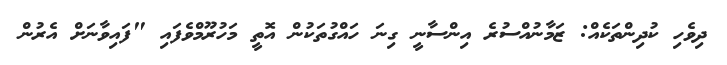
ދިވެހި ކުދިންތަކެއް: ޒަމާނުއްސުރެ އިންސާނީ ގިނަ ހައްގުތަކުން އޮތީ މަހުރޫމްވެފައި "ފައިވާނަށް އެރުން